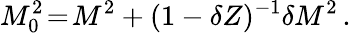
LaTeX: M_{0}^{2}\! =\! M^{2}+(1-\delta Z)^{-1}\delta M^{2}\, .